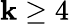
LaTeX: \mathbf{k}\geq4